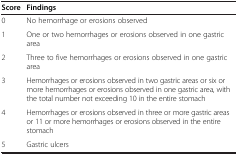
<table><thead><tr><td><b>Score</b></td><td><b>Findings</b></td></tr></thead><tbody><tr><td>0</td><td>No hemorrhage or erosions observed</td></tr><tr><td>1</td><td>One or two hemorrhages or erosions observed in one gastric area</td></tr><tr><td>2</td><td>Three to five hemorrhages or erosions observed in one gastric area</td></tr><tr><td>3</td><td>Hemorrhages or erosions observed in two gastric areas or six or more hemorrhages or erosions observed in one gastric area, with the total number not exceeding 10 in the entire stomach</td></tr><tr><td>4</td><td>Hemorrhages or erosions observed in three or more gastric areas or 11 or more hemorrhages or erosions observed in the entire stomach</td></tr><tr><td>5</td><td>Gastric ulcers</td></tr></tbody></table>